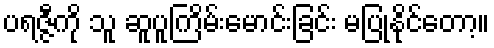
ပရဇ္ဇီကို သူ ဆူပူကြိမ်းမောင်းခြင်း မပြုနိုင်တော့။